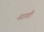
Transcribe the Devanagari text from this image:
साप्ती